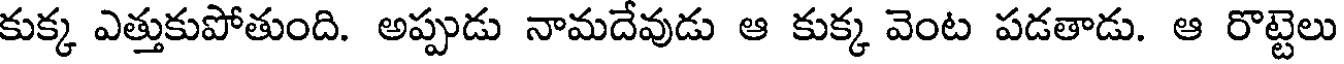
కుక్క ఎత్తుకుపోతుంది. అప్పుడు నామదేవుడు ఆ కుక్క వెంట పడతాడు. ఆ రొట్టెలు